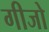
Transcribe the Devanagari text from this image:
गीजो